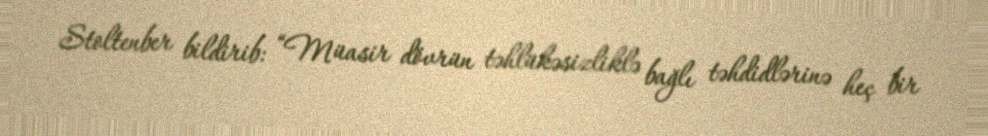
Stoltenber bildirib: “Müasir dövrün təhlükəsizliklə bağlı təhdidlərinə heç bir